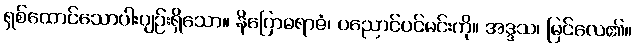
ရှစ်ထောင်သောပါးပျဉ်းရှိသော။ နိဂြောဓရာဇံ၊ ပညောင်ပင်မင်းကို။ အဒ္ဒသ၊ မြင်လေ၏။